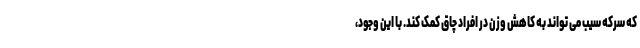
که سرکه سیب می تواند به کاهش وزن در افراد چاق کمک کند. با این وجود،